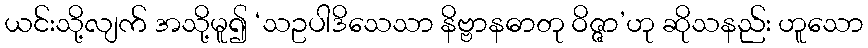
ယင်းသို့လျက် အသို့မူ၍ ‘သဥပါဒိသေသာ နိဗ္ဗာနဓာတု ဝိဇ္ဇာ’ဟု ဆိုသနည်း ဟူသော